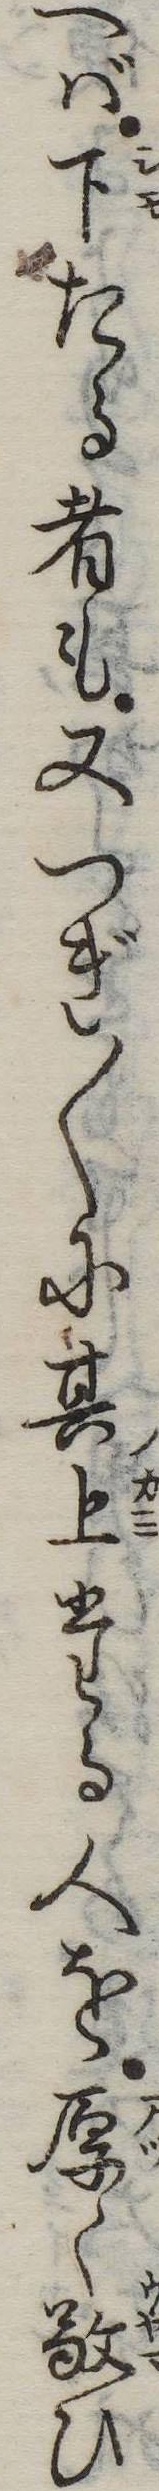
へば下たる者も又つぎ〱に其上たる人を厚く敬ひ